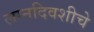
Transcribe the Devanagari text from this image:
लग्नदिवशीचे